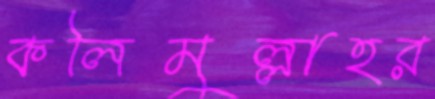
কলিমুল্লাহর